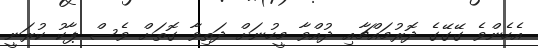
އެހެންވެ ގޭގޭގެ ދޮރުމައްޗާއި ދުއްވާ މީހުނަށް ދަތިވާ ގޮތަށް ވެސް ޕާކު ކުރަނީ